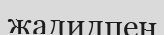
жадидпен